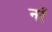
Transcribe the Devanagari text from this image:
नरें